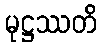
မုဋ္ဌဿတိ